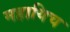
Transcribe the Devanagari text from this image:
महायिच